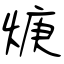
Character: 焿